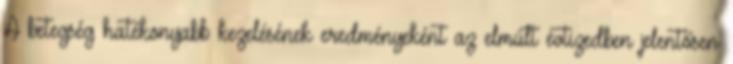
A betegség hatékonyabb kezelésének eredményeként az elmúlt évtizedben jelentősen